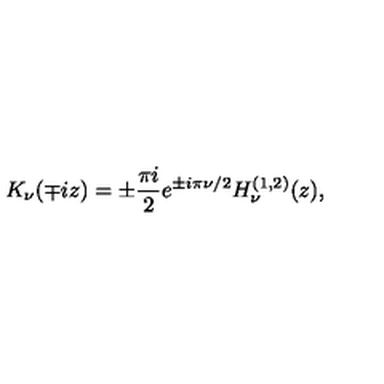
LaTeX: K _ { \nu } ( \mp i z ) = \pm \frac { \pi i } { 2 } e ^ { \pm i \pi \nu / 2 } H _ { \nu } ^ { ( 1 , 2 ) } ( z ) ,